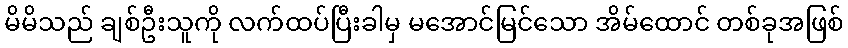
မိမိသည် ချစ်ဦးသူကို လက်ထပ်ပြီးခါမှ မအောင်မြင်သော အိမ်ထောင် တစ်ခုအဖြစ်